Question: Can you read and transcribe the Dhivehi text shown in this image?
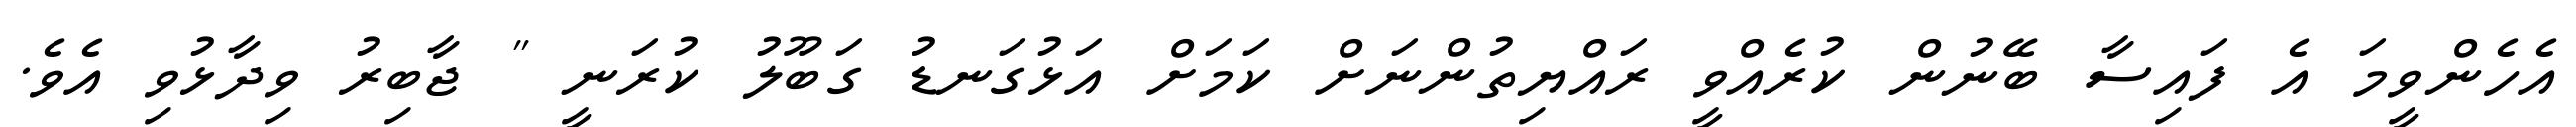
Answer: އެހެންވީމަ އެ ފައިސާ ބޭނުން ކުރެއްވީ ރައްޔިތުންނަށް ކަމަށް އަޅުގަނޑު ގަބޫލު ކުރަނީ " ޖާބިރު ވިދާޅުވި އެވެ.